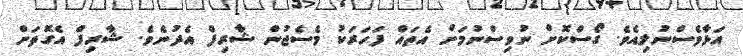
އަޅާވެސްނުލިއެވެ. ގޯސްކޮށް ނުވިސްނުމަށް އެތައް ފަހަރަކު މެސެޖުން ޝާރިފް އެދުނެވެ. ޝާރިފް އެގޮތަށް